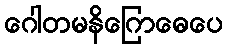
ဂေါတမနိဂြောဓေပေ